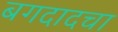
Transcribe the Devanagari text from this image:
बगदादचा